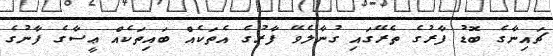
ޗައިނާގެ ބޮޑު ފާރުގެ ތެރޭގައި ގުނާލެވޭ ފާރުގެ އެތަކެއް ބައިތަކެއް ޢީސާގެ ފާނުގެ